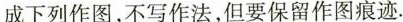
成下列作图，不写作法，但要保留作图痕迹.